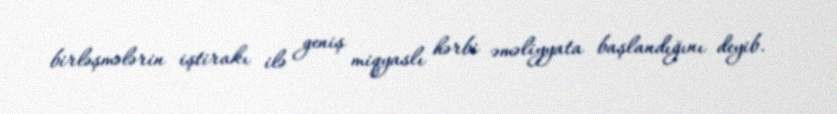
birləşmələrin iştirakı ilə geniş miqyaslı hərbi əməliyyata başlandığını deyib.